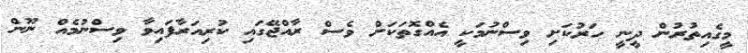
މީގެއިތުރުން ދީނީ ހަރުކަށި ވިސްނުމަކީ އެއްގޮތަކަށް ވެސް ރާއްޖޭގައި ކުރިއަރާފައިވާ ވިސްނުމެއް ނޫން